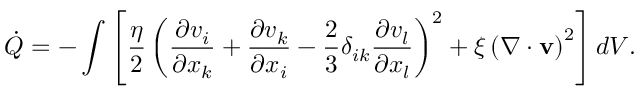
\dot { Q } = - \int \left[ \frac { \eta } { 2 } \left( \frac { \partial v _ { i } } { \partial x _ { k } } + \frac { \partial v _ { k } } { \partial x _ { i } } - \frac { 2 } { 3 } \delta _ { i k } \frac { \partial v _ { l } } { \partial x _ { l } } \right) ^ { 2 } + \xi \left( \nabla \cdot { \bf v } \right) ^ { 2 } \right] d V .